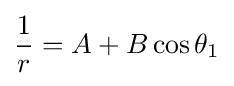
{\frac {1}{r}}=A+B\cos \theta _{1}